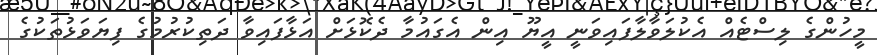
މީހުންގެ ލިސްޓެއް އެކުލަވާލާފައިވަނީ އީޔޫ އިން އެގައުމާ ދެކޮޅަށް އަޅާފައިވާ ދަތިކުރުމުގެ ފިޔަވަޅުތަކުގެ